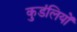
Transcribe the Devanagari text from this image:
कुडंलियों